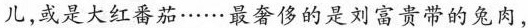
儿,或是大红番茄······最奢侈的是刘富贵带的兔肉，